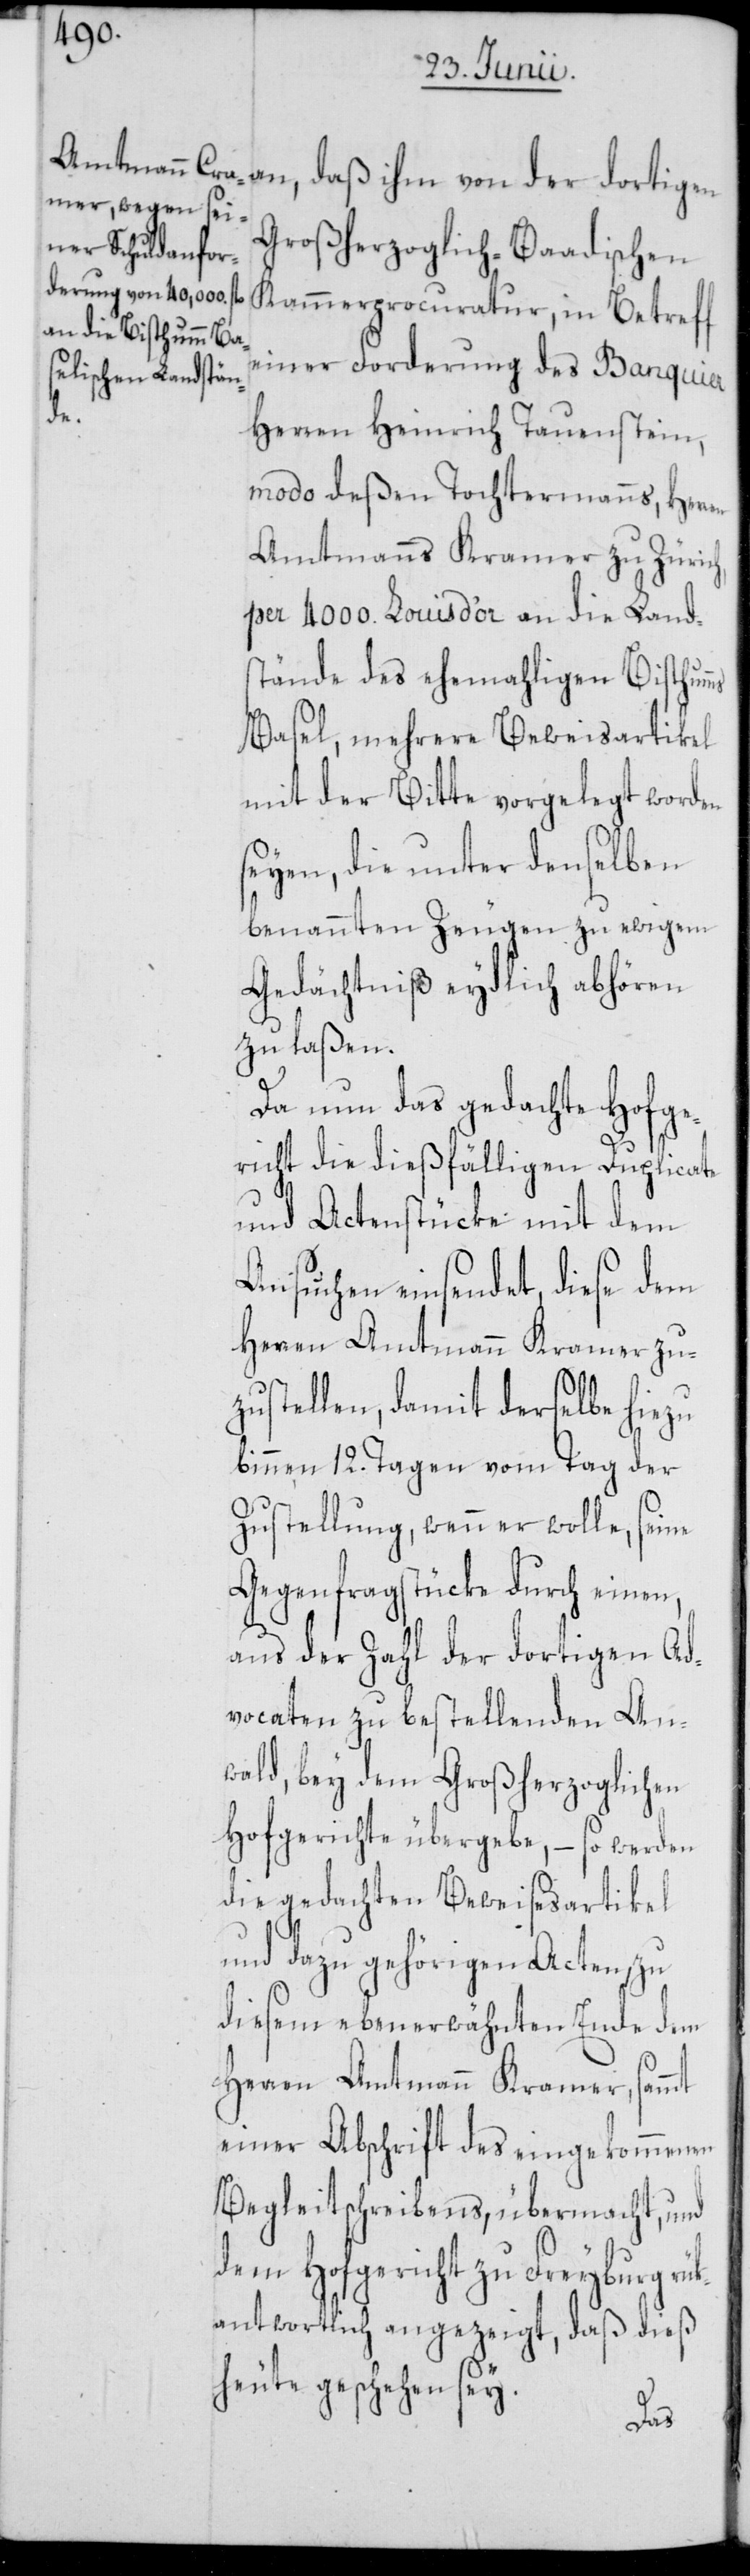
an, daß ihm von der dortigen
Großherzoglich-Baadischen
Kammerprocuratur, in Betreff
einer Forderung des Banquier
en
Herren Heinrich Tauenstein,
modo deßen Tochtermanns, Herr¬
Amtmanns Kramer zu Zürich,
per 4000. Louis d’or an die Land¬
stände des ehemahligen Bisthum¬
Basel, mehrere Beweisartikel
mit der Bitte vorgelegt worden
seyen, die unter denselben
benannten Zeugen zu ewigem
Gedächtniß eydlich abhören
zu laßen.
Da nun das gedachte Hofge¬
richt die dießfälligen Duplicate
und Actenstüke mit dem
Ansuchen einsendet, diese dem
Herren Amtmann Kramer zu¬
zustellen, damit derselbe hiezu
binnen 12. Tagen vom Tag der
Zustellung, wenn er wolle, seine
Gegenfragstücke durch einen,
aus der Zahl der dortigen Ad¬
vocaten zu bestellenden An¬
wald, bey dem Großherzoglichen
Hofgerichte übergebe, – so werden
die gedachten Beweisesartikel
und dazu gehörigen Acten, zu
diesem ebenerwähnten Ende dem
Herren Amtmann Kramer, sammt
einer Abschrift des eingekommenen
Begleitschreibens, übermacht, und
dem Hofgericht zu Freyburg rü¬
kantwortlich angezeigt, daß dieß
heute geschehen sey.
ms